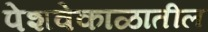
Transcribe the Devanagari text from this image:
पेशवेकाळातील